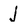
Character: j